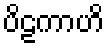
ပိဠကာဟိ